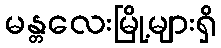
မန္တလေးမြို့များရှိ